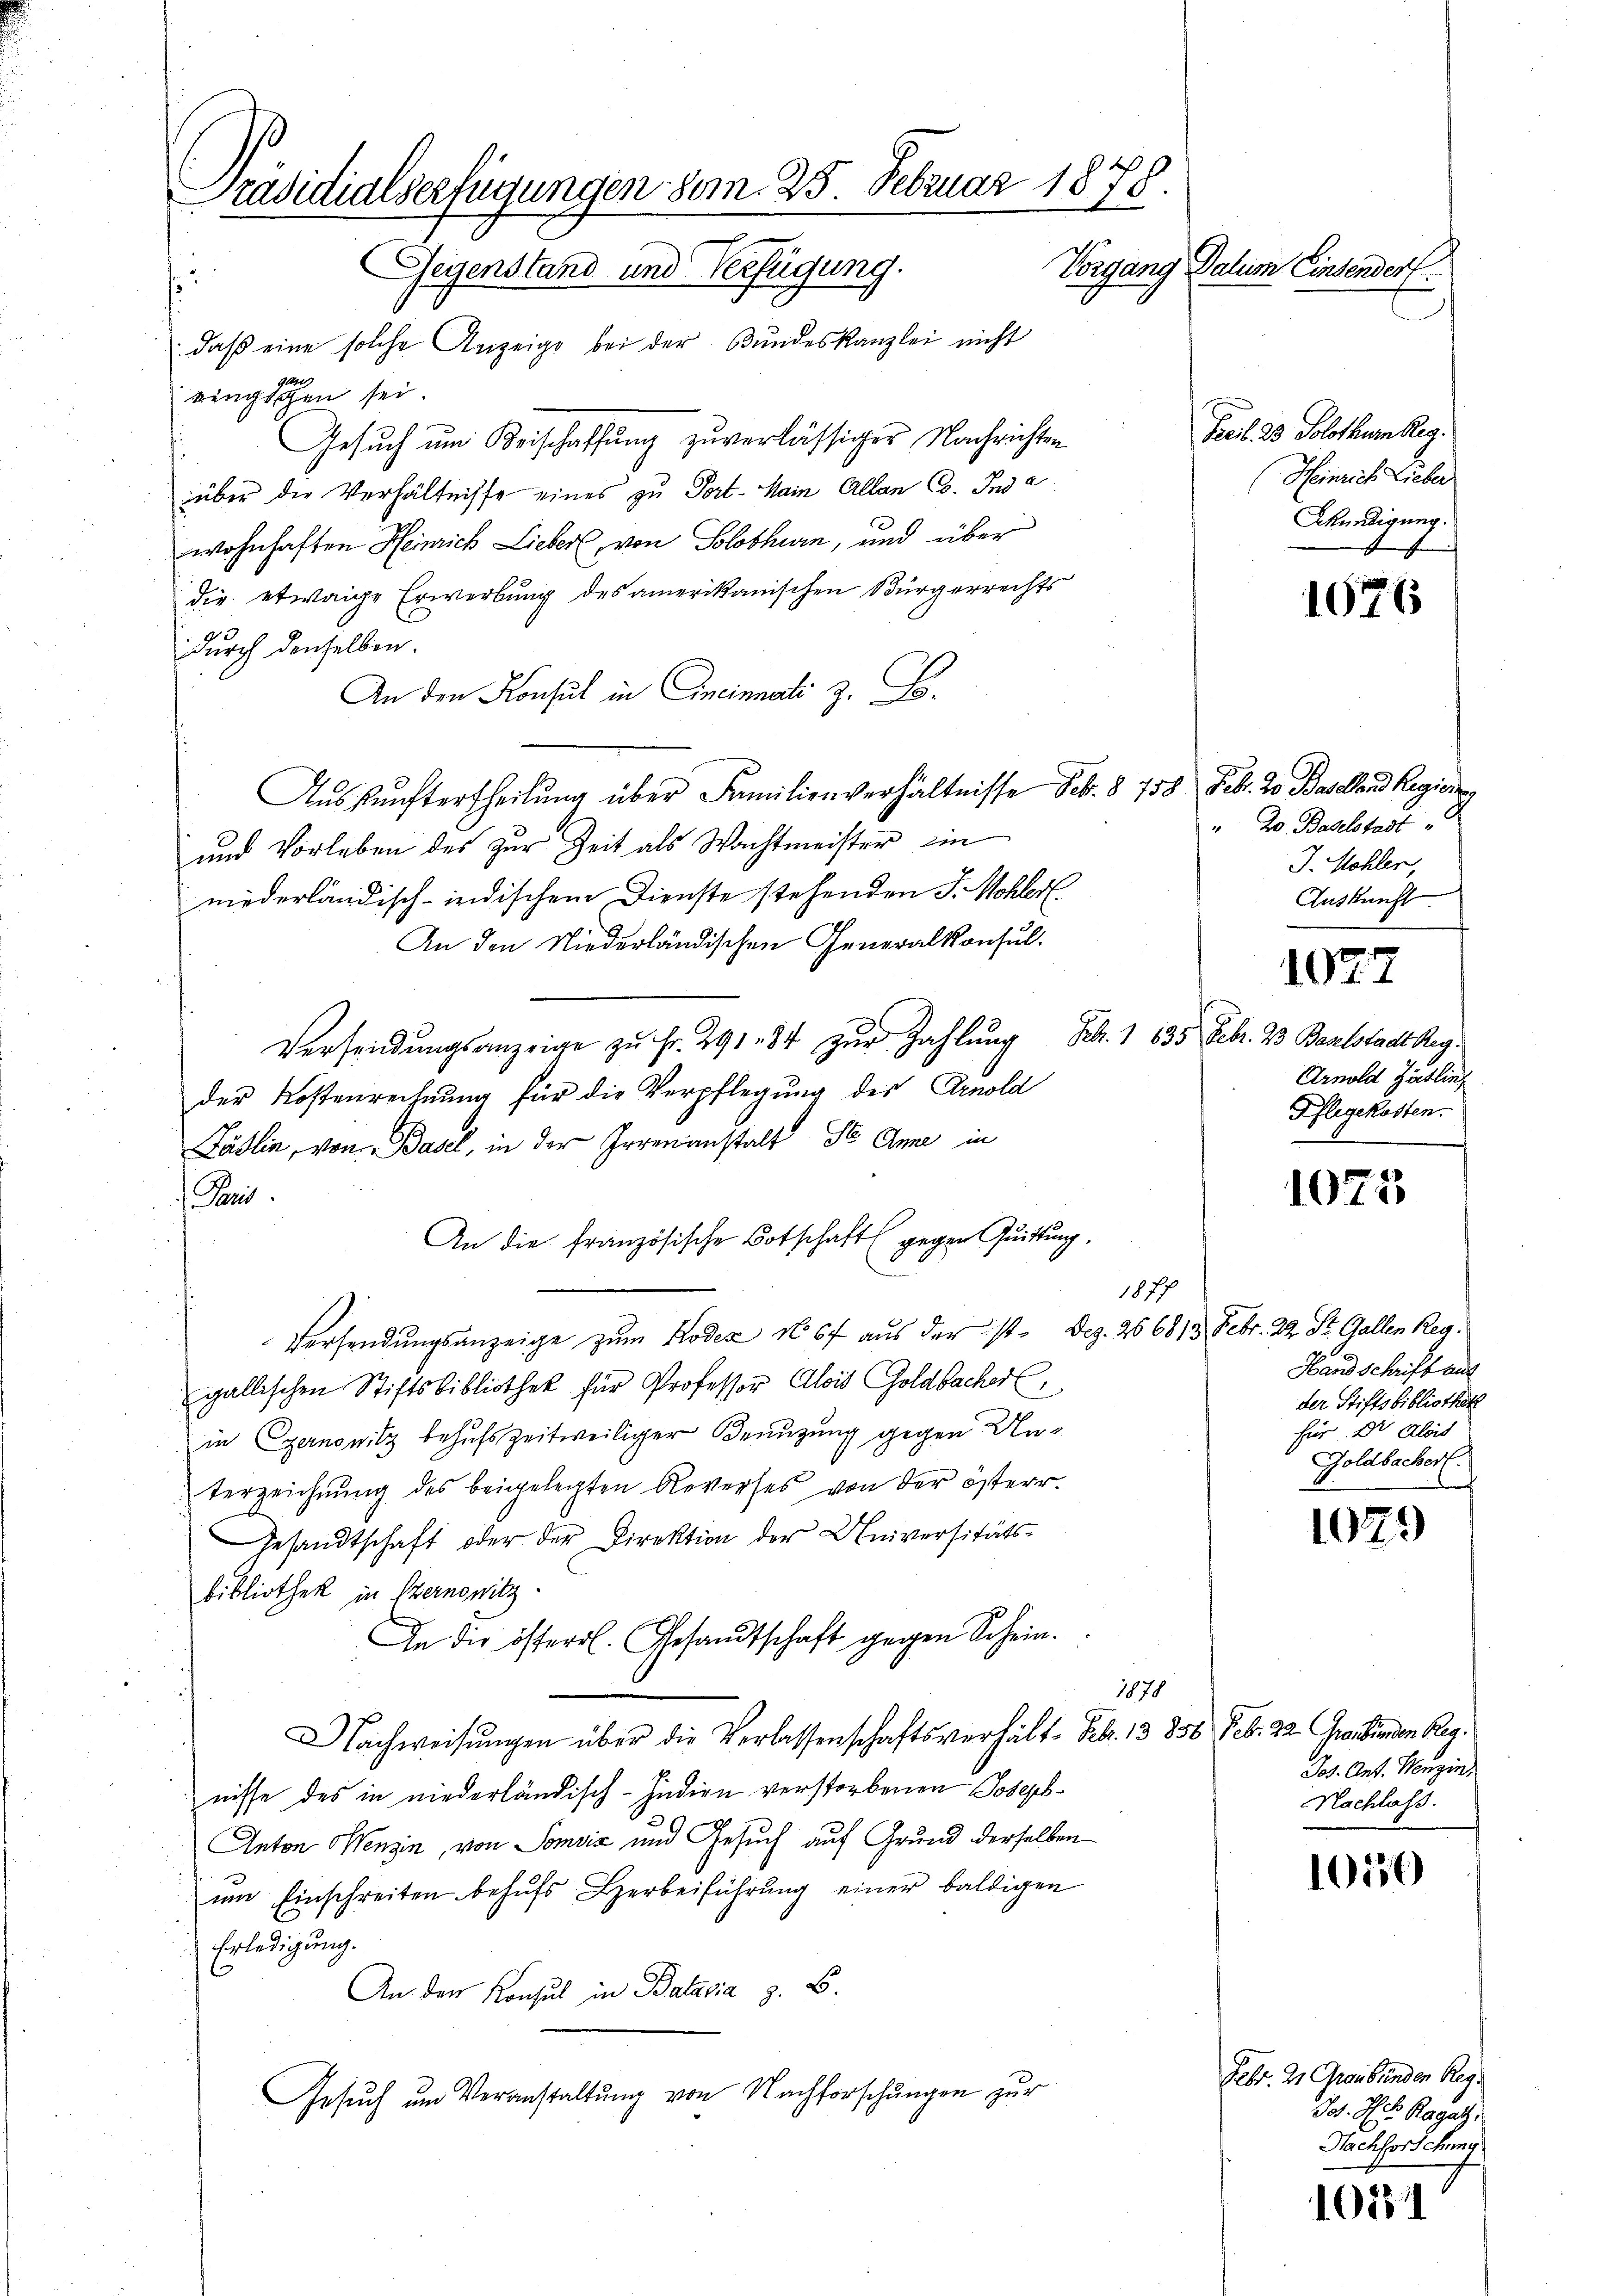
Präsidialserfügungen vom 25. Februar 1875
Vorgang Datum Einsender
Gegenstand und Verfügung.

: daß eine solche Anzeige bei der Bundeskanzlei nicht
ringen sei.
Gesuch um Beischaffung zuverlässiger Nachrichten
über die Verhältnisse eines zu Fort-Main Allen Co. Inde
wohnhaften Heinrich Lieber, von Solothurn, und über
die etwaige Erwerbung des amerikanischen Bürgerrechts
durch denselben.
An den Konsul in Cincinnati z. B.
Auskunftertheilung über Familienverhältnisse Feb. § 158 Febr. 2o Baselland Regierung
und Vorleben des zur Zeit als Wachtmeister ein
niederländisch-indischem Dienste stehenden J. Mohlert
An den Niederländischen Generalkonsul-
Versendungsanzeige zŭ Fr. 291. 34 zur Zahlung Feb. 1 635 Febr. 23 Barlstadt beg
der Kostenrechnung für die Verpflegung des Arnold
Zäslin, von Basel, in der Irrenanstalt de Ame in
 Paris
An die französische Botschaft (gegen Quittung.
1877
Versendŭngsanzeige zum Kodex No 67 aus der ist. Dez. 266813. Febr. 22. St. Gallen Reg.
gallischen Stiftsbibliothek für Professor Alois Goldbacherl
in Czernowitz behufszeitweiliger Benuzung gegen Unterzeichnung des beigelegten Reverses von der österr.
Gesandtschaft oder der Direktion der Universitäts-
bibliothek in Sternowitz
An die österr. Gesandtschaft gegen Schein.
1878
Nachweisungen über die Verlassenschaftsverhält. Febr. 13 856 Feb. 22. Graubünden Regnisse des in niederländisch-Indien verstorbenen Joseph-
Anton Henzin, von Somvić und Gesuch auf Grund derselben
um Einschreiten behufs Herbeiführung einer baldigen
 Erledigung.
An den Konsul in Batavia z. B.
Gesŭch um Veranstaltung von Nachforschungen zur

Freib. 23. Solothurm Reg.
Heinrich Lieber
Wenedigung.

1676

" 20 Baselstadt
J. Mohler,
Auskunft.
1077
Arnold Zärtling
Pflegekosten.

1025

Hand schrift auf
der Stiftsbibliothek
für. Dr Alois
Goldbacher.

1079

Jos. Ant. Mezin
Nachlass.

1050

Febr. 21 Graubünden Reg
Jos. Hr. Ragatz,
Nachforschung

1021